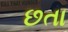
છતા